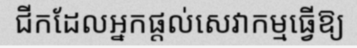
ជីកដែលអ្នកផ្តល់សេវាកម្មធ្វើឱ្យ